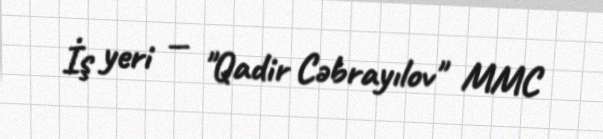
İş yeri — "Qadir Cəbrayılov" MMC